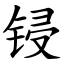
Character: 锓